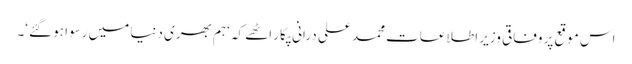
اس موقع پر وفاقی وزیر اطلاعات محمد علی درانی پکار اٹھے کہ ‘ہم بھری دنیا میں رسوا ہو گئے‘۔